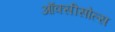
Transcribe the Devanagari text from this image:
ऑक्सीसोल्स